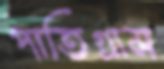
পাতিগ্রাম